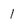
Character: 1